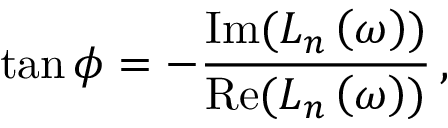
\tan \phi = - \frac { \mathrm { I m } ( L _ { n } \left( \omega \right) ) } { \mathrm { R e } ( L _ { n } \left( \omega \right) ) } \, ,